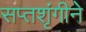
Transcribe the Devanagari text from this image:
सप्तशृंगीने